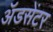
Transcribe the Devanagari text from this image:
ॲडसेंटर